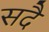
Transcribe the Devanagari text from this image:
सदै